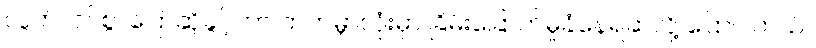
လွတ်လပ်စွာပြောဆိုခွင့်ဟာ တကမ္ဘာလုံးမှာ ခြိမ်းခြောက်မှုခံနေရဆဲလို့ ပြောပါတယ်။